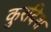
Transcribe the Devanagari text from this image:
कुरदिश